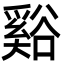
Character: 谿